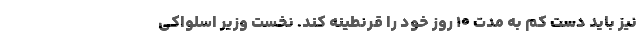
نیز باید دست کم به مدت ۱۰ روز خود را قرنطینه کند. نخست وزیر اسلواکی